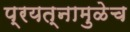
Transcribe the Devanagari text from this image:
प्रयत्नामुळेच